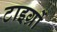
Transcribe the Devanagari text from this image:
टाइग्रों